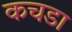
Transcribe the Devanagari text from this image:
कचडा